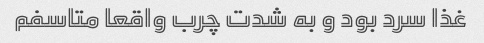
غذا سرد بود و به شدت چرب واقعا متاسفم